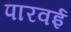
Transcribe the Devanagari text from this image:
पारवई